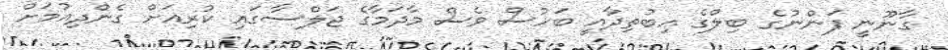
ގާނޫނީ ފަންނުގެ ބިލްގެ އިބުތިދާއީ ބަހުސް ވެސް މާދަމާގެ ޖަލްސާގައި ކުރިއަށް ގެންދިއުމަށް